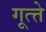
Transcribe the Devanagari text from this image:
गूत्त्ते